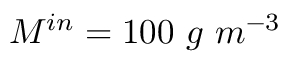
M ^ { i n } = 1 0 0 \ g \ m ^ { - 3 }